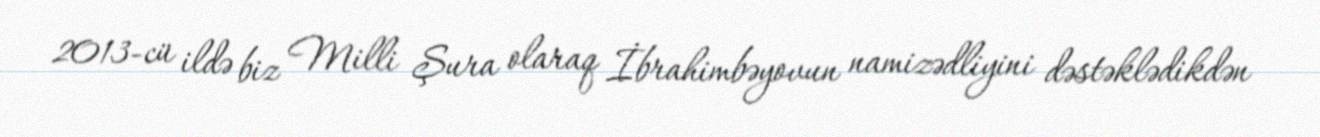
2013-cü ildə biz Milli Şura olaraq İbrahimbəyovun namizədliyini dəstəklədikdən